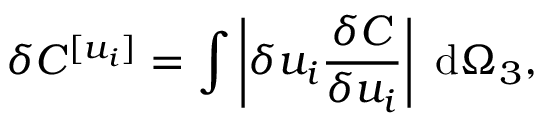
\delta C ^ { [ u _ { i } ] } = \int \left| \delta u _ { i } \frac { \delta C } { \delta u _ { i } } \right| ~ \mathrm { d } \Omega _ { 3 } ,